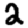
Digit: 2